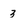
Character: 3